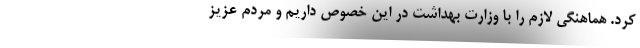
کرد. هماهنگی لازم را با وزارت بهداشت در این خصوص داریم و مردم عزیز